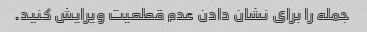
جمله را برای نشان دادن عدم قطعیت ویرایش کنید.